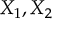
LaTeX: X _ { 1 } , X _ { 2 }